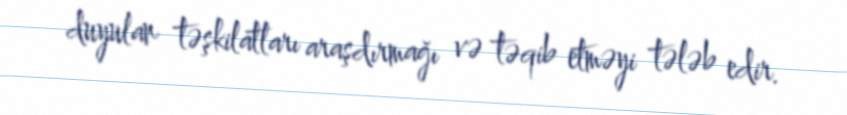
duyulan təşkilatları araşdırmağı və təqib etməyi tələb edir.